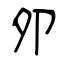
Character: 夘